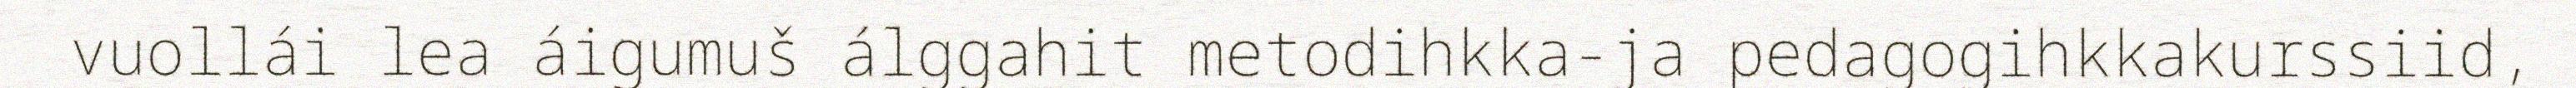
vuollái lea áigumuš álggahit metodihkka-ja pedagogihkkakurssiid,